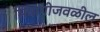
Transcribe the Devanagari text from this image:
मियागीजवळील